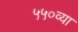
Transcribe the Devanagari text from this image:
५५०व्या